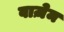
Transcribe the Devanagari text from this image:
वाज़ेम